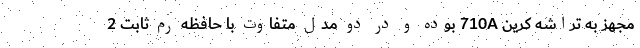
مجهز به تراشه کرین 710A بوده و در دو مدل متفاوت با حافظه رم ثابت 2